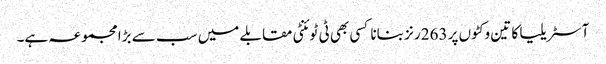
آسٹریلیا کا تین وکٹوں پر 263 رنز بنانا کسی بھی ٹی ٹوئنٹی مقابلے میں سب سے بڑا مجموعہ ہے۔